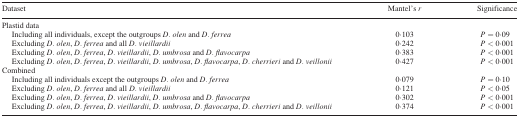
| Dataset | Mantel’s r | Significance |
 | --- | --- | --- |
 | Plastid data |  |  |
 | Including all individuals, except the outgroups D. olen and D. ferrea | 0·103 | P = 0·09 |
 | Excluding D. olen, D. ferrea and all D. vieillardii | 0·242 | P < 0·001 |
 | Excluding D. olen, D. ferrea, D. vieillardii, D. umbrosa and D. flavocarpa | 0·383 | P < 0·001 |
 | Excluding D. olen, D. ferrea, D. vieillardii, D. umbrosa, D. flavocarpa, D. cherrieri and D. veillonii | 0·427 | P < 0·001 |
 | Combined |  |  |
 | Including all individuals except the outgroups D. olen and D. ferrea | 0·079 | P = 0·10 |
 | Excluding D. olen, D. ferrea and all D. vieillardii | 0·121 | P < 0·05 |
 | Excluding D. olen, D. ferrea, D. vieillardii, D. umbrosa and D. flavocarpa | 0·302 | P < 0·001 |
 | Excluding D. olen, D. ferrea, D. vieillardii, D. umbrosa, D. flavocarpa, D. cherrieri and D. veillonii | 0·374 | P < 0·001 |